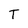
Character: T